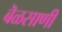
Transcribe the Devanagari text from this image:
बॆळसाणी